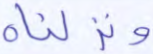
ونزلناه